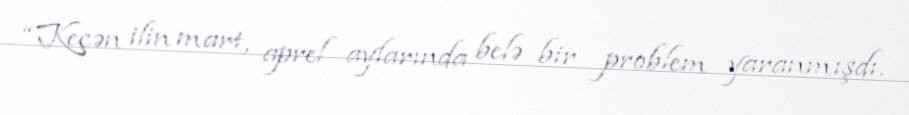
“Keçən ilin mart, aprel aylarında belə bir problem yaranmışdı.